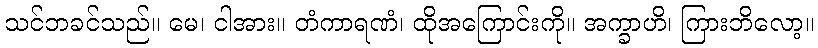
သင်ဘခင်သည်။ မေ၊ ငါအား။ တံကာရဏံ၊ ထိုအကြောင်းကို။ အက္ခာဟိ၊ ကြားဘိလော့။